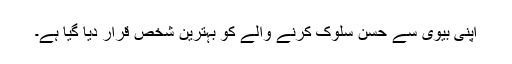
اپنی بیوی سے حسن سلوک کرنے والے کو بہترین شخص قرار دیا گیا ہے۔